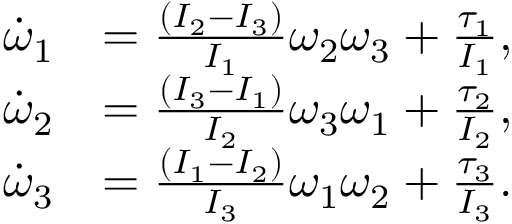
\begin{array} { r l } { \dot { \omega } _ { 1 } } & { = \frac { ( I _ { 2 } - I _ { 3 } ) } { I _ { 1 } } \omega _ { 2 } \omega _ { 3 } + \frac { \tau _ { 1 } } { I _ { 1 } } , } \\ { \dot { \omega } _ { 2 } } & { = \frac { ( I _ { 3 } - I _ { 1 } ) } { I _ { 2 } } \omega _ { 3 } \omega _ { 1 } + \frac { \tau _ { 2 } } { I _ { 2 } } , } \\ { \dot { \omega } _ { 3 } } & { = \frac { ( I _ { 1 } - I _ { 2 } ) } { I _ { 3 } } \omega _ { 1 } \omega _ { 2 } + \frac { \tau _ { 3 } } { I _ { 3 } } . } \end{array}